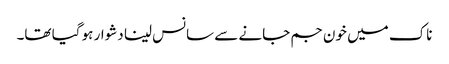
ناک میں خون جم جانے سے سانس لینا دشوار ہو گیا تھا۔